Lunatic asylums Burma 1922-24 - 1922-1924
Year: 1922
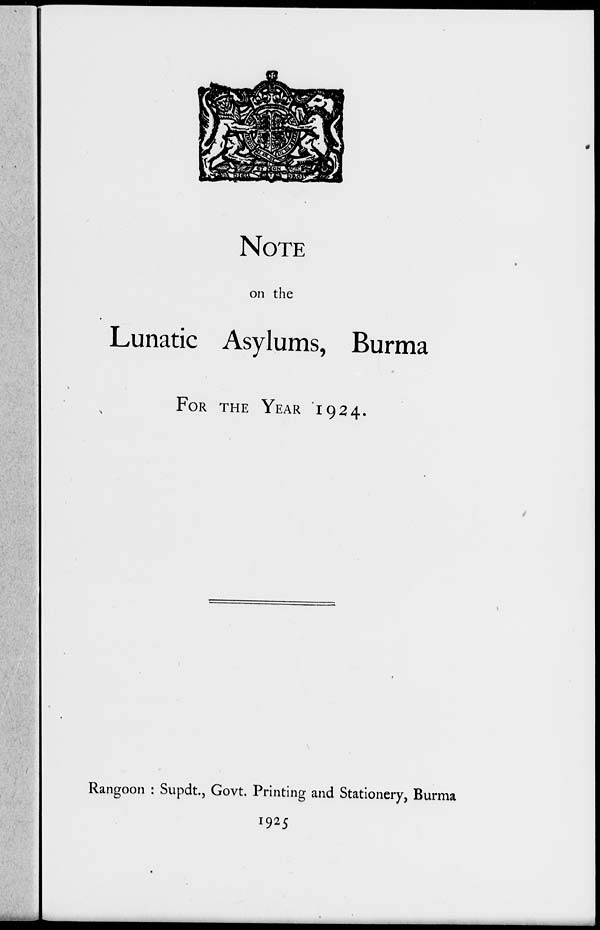
NOTE
on the
Lunatic Asylums, Burma
FOR THE YEAR 1924.
Rangoon : Supdt., Govt. Printing and Stationery, Burma
1925